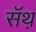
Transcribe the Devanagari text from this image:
सॅथ़